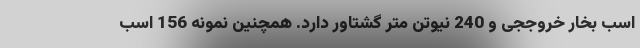
اسب بخار خروججی و 240 نیوتن متر گشتاور دارد. همچنین نمونه 156 اسب